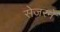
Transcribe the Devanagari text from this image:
सेजरने